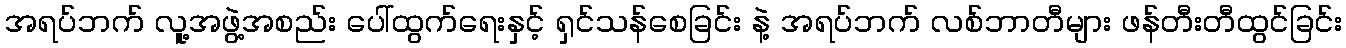
အရပ်ဘက် လူ့အဖွဲ့အစည်း ပေါ်ထွက်ရေးနှင့် ရှင်သန်စေခြင်း နဲ့ အရပ်ဘက် လစ်ဘာတီများ ဖန်တီးတီထွင်ခြင်း